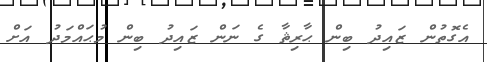
އެގޮތުން ޒައިދު ބިން ޙާރިޘާ ގެ ނަން ޒައިދު ބިން މުޙައްމަދު އަށް